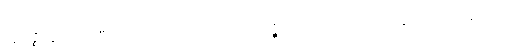
ပဋိဗုဇ္ဈိတွာစ၊ သိပြီး၍လည်း။ တဿ၊ ထိုလာလတ္တံ့သော ဘေးကို။ ပဟာနာယ၊ ပယ်ခြင်းငှာ။